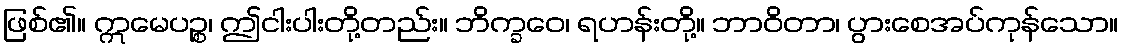
ဖြစ်၏။ ဣမေပဉ္စ၊ ဤငါးပါးတို့တည်း။ ဘိက္ခဝေ၊ ရဟန်းတို့။ ဘာဝိတာ၊ ပွားစေအပ်ကုန်သော။